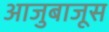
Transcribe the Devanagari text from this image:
आजुबाजूस